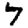
Digit: 7